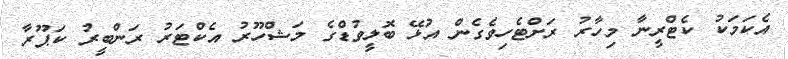
އެކަމަކު ކެޓްރީނާ މިހާރު ރަށްޓެހިވެގެން އުޅޭ ބޮލީވުޑްގެ މަޝްހޫރު އެކްޓަރު ރަންބީރު ކަޕޫރާ